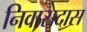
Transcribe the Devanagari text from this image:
निवासदास